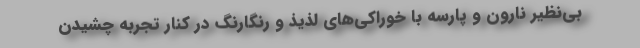
بی‌نظیر نارون و پارسه با خوراکی‌های لذیذ و رنگارنگ در کنار تجربه چشیدن